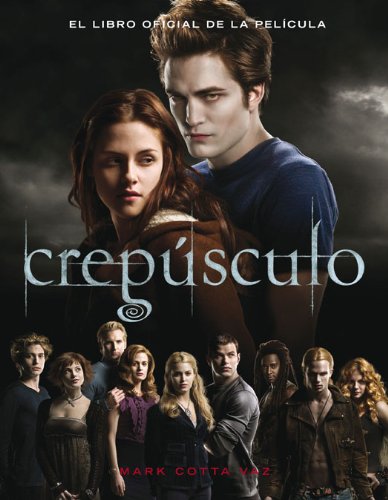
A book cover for Crepusculo: El libro oficial de la pelicula (Twilight: The Complete Illustrated Movie Companion) (Spanish Edition); Mark Cotta Vaz; Teen & Young Adult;